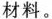
材料。